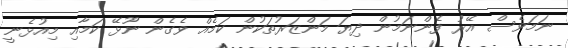
ނަމަވެސް އޭރު ފެންނަމުން ދިޔަ މަންޒަރުތަކުން ކަމެއް ވެގެން ނޫޅޭ ކަމާއި މިއުޅެނީ